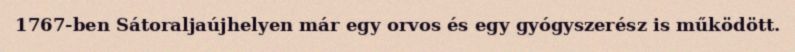
1767-ben Sátoraljaújhelyen már egy orvos és egy gyógyszerész is működött.